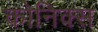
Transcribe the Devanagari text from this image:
कोनिक्स